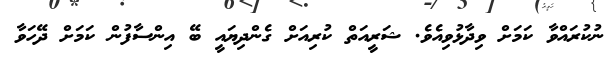
ނުކުރައްވާ ކަމަށް ވިދާޅުވިއެވެ. ޝަރީއަތް ކުރިއަށް ގެންދިޔައީ ބޭ އިންސާފުން ކަމަށް ދޭހަވާ